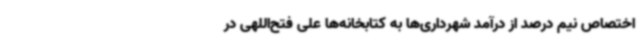
اختصاص نیم درصد از درآمد شهرداری‌ها به کتابخانه‌ها علی فتح‌اللهی در